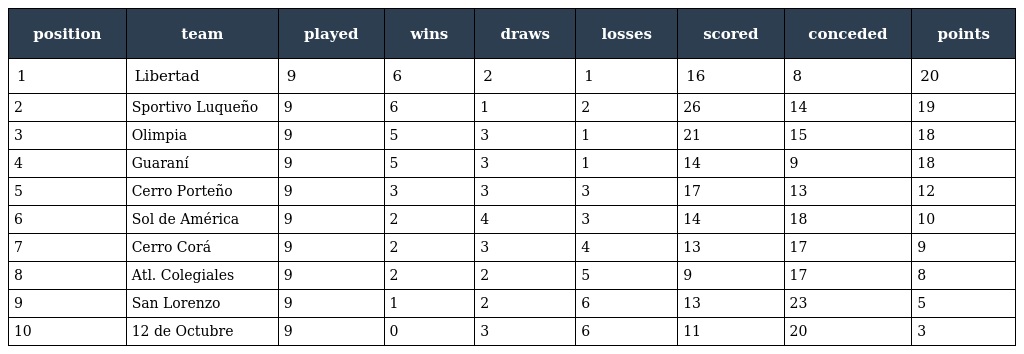
| position | team | played | wins | draws | losses | scored | conceded | points |
 | --- | --- | --- | --- | --- | --- | --- | --- | --- |
 | 1 | Libertad | 9 | 6 | 2 | 1 | 16 | 8 | 20 |
 | 2 | Sportivo Luqueño | 9 | 6 | 1 | 2 | 26 | 14 | 19 |
 | 3 | Olimpia | 9 | 5 | 3 | 1 | 21 | 15 | 18 |
 | 4 | Guaraní | 9 | 5 | 3 | 1 | 14 | 9 | 18 |
 | 5 | Cerro Porteño | 9 | 3 | 3 | 3 | 17 | 13 | 12 |
 | 6 | Sol de América | 9 | 2 | 4 | 3 | 14 | 18 | 10 |
 | 7 | Cerro Corá | 9 | 2 | 3 | 4 | 13 | 17 | 9 |
 | 8 | Atl. Colegiales | 9 | 2 | 2 | 5 | 9 | 17 | 8 |
 | 9 | San Lorenzo | 9 | 1 | 2 | 6 | 13 | 23 | 5 |
 | 10 | 12 de Octubre | 9 | 0 | 3 | 6 | 11 | 20 | 3 |